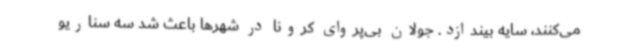
می‌کنند، سایه بیندازد. جولان بی‌پروای کرونا در شهرها باعث شد سه سناریو